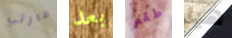
مارتي بعد طقم هيا